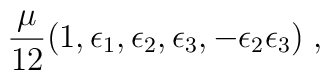
{\mu \over 12} (1, \epsilon_1, \epsilon_2, \epsilon_3, - \epsilon_2 \epsilon_3) \; ,